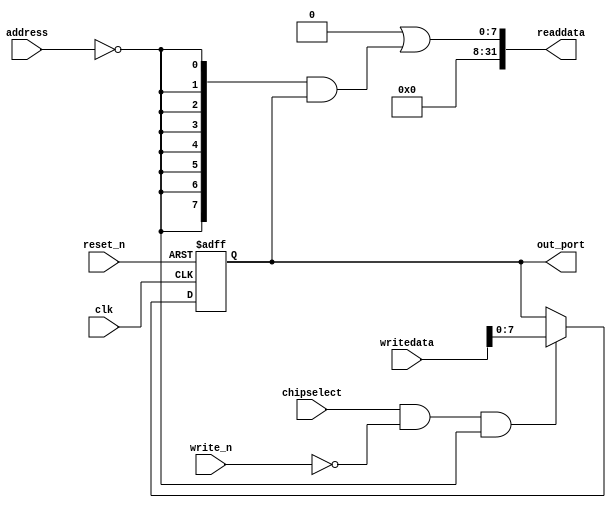
module niosii_pio_0 (
                      // inputs:
                       address,
                       chipselect,
                       clk,
                       reset_n,
                       write_n,
                       writedata,

                      // outputs:
                       out_port,
                       readdata
                    )
;

  output  [  7: 0] out_port;
  output  [ 31: 0] readdata;
  input   [  1: 0] address;
  input            chipselect;
  input            clk;
  input            reset_n;
  input            write_n;
  input   [ 31: 0] writedata;

  wire             clk_en;
  reg     [  7: 0] data_out;
  wire    [  7: 0] out_port;
  wire    [  7: 0] read_mux_out;
  wire    [ 31: 0] readdata;
  assign clk_en = 1;
  //s1, which is an e_avalon_slave
  assign read_mux_out = {8 {(address == 0)}} & data_out;
  always @(posedge clk or negedge reset_n)
    begin
      if (reset_n == 0)
          data_out <= 0;
      else if (chipselect && ~write_n && (address == 0))
          data_out <= writedata[7 : 0];
    end


  assign readdata = {32'b0 | read_mux_out};
  assign out_port = data_out;

endmodule